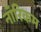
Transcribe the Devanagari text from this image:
नॉरिकम